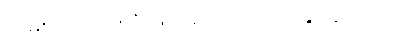
လမ်းကြောင်းကို ဖြတ်တောက်ထားနိုင်ခဲ့သည်။